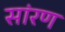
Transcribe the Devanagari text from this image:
सांरण